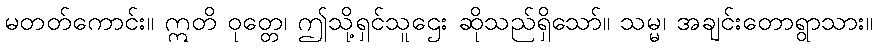
မတတ်ကောင်း။ ဣတိ ဝုတ္တေ၊ ဤသို့ရှင်သူဌေး ဆိုသည်ရှိသော်။ သမ္မ၊ အချင်းတောရွာသား။